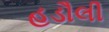
હડૌલી